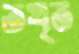
তখ্ত